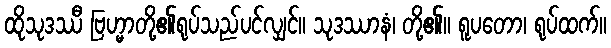
ထိုသုဒဿီ ဗြဟ္မာတို့၏ရုပ်သည်ပင်လျှင်။ သုဒဿာနံ၊ တို့၏။ ရူပတော၊ ရုပ်ထက်။